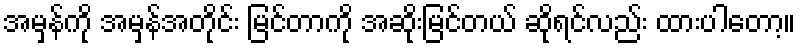
အမှန်ကို အမှန်အတိုင်း မြင်တာကို အဆိုးမြင်တယ် ဆိုရင်လည်း ထားပါတော့။